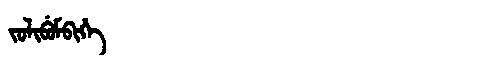
Manchu: ᠵᡠᠯᡳᠪᡠᠮᠪᡳᡥᡝ
Romanization: JULIBUMBIHE